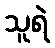
သူရဲ